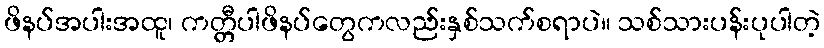
ဖိနပ်အပါးအထူ၊ ကတ္တီပါဖိနပ်တွေကလည်းနှစ်သက်စရာပဲ။ သစ်သားပန်းပုပါတဲ့